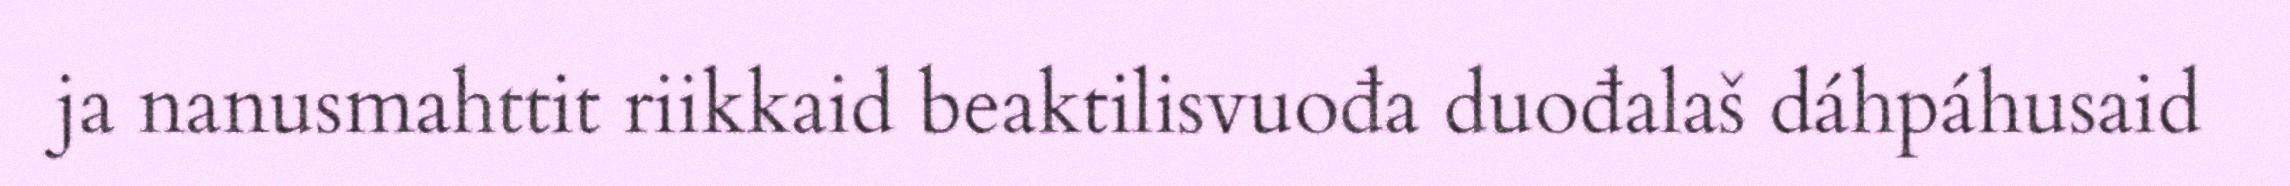
ja nanusmahttit riikkaid beaktilisvuođa duođalaš dáhpáhusaid